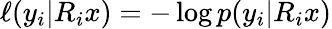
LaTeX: \ell(y_{i}|R_{i}x)=-\log p(y_{i}|R_{i}x)